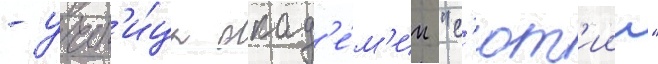
- учен'и́ца акад'е́м'ии "с'ют'иин"